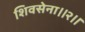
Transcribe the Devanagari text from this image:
शिवसेना।।२।।